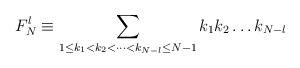
LaTeX: \begin{align*}F^l_N \equiv \sum_{1\leq k_1 <k_2<\dots<k_{N-l}\leq N-1} k_1 k_2\dots k_{N-l}\end{align*}